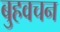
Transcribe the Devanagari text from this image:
बुहवचन